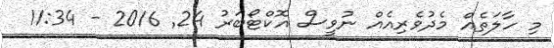
މި ހާލަތެއް މެދުވެރިއެއް ނުވީސް އޮކްޓޯބަރު 24